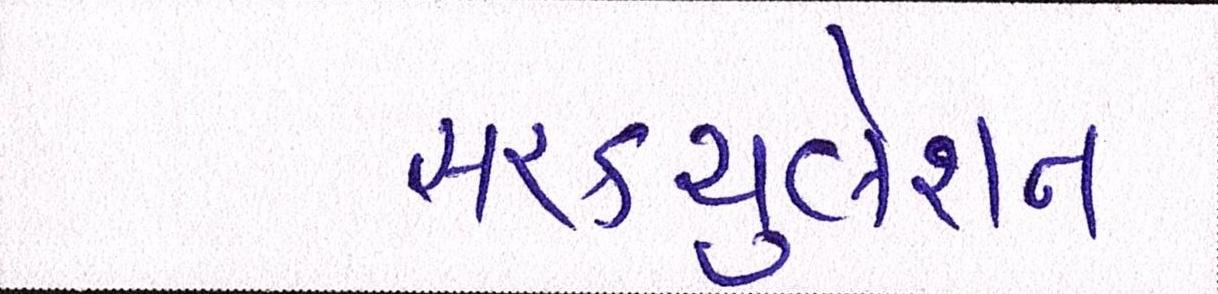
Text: સરકયુલેશન